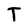
Character: T